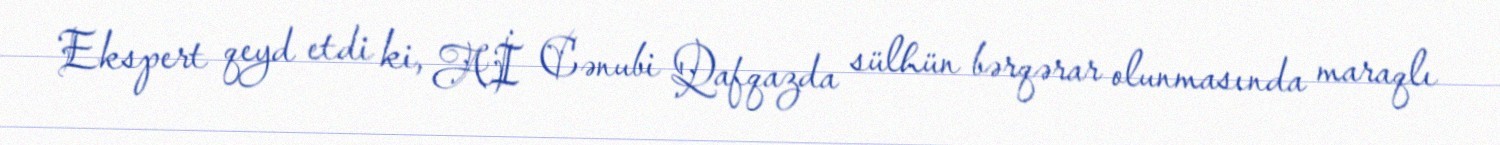
Ekspert qeyd etdi ki, Aİ Cənubi Qafqazda sülhün bərqərar olunmasında maraqlı